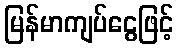
မြန်မာကျပ်ငွေဖြင့်